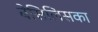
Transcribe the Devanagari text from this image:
बेसिलिसका